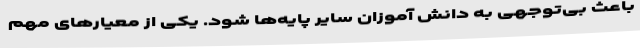
باعث بی‌توجهی به دانش آموزان سایر پایه‌ها شود. یکی از معیارهای مهم